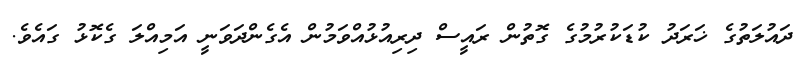
ދައުލަތުގެ ޚަރަދު ކުޑަކުރުމުގެ ގޮތުން ރައީސް ދިރިއުޅުއްވަމުން އެގެންދަވަނީ އަމިއްލަ ގެކޮޅު ގައެވެ.